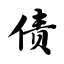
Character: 债